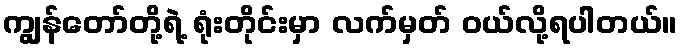
ကျွန်တော်တို့ရဲ့ ရုံးတိုင်းမှာ လက်မှတ် ဝယ်လို့ရပါတယ်။